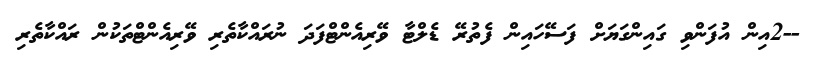
--2އިން އުފަންވި ގައިންގަޔަށް ފަސޭހައިން ފެތުރޭ ޑެލްޓާ ވޭރިއެންޓްފަދަ ނުރައްކާތެރި ވޭރިއެންޓްތަކުން ރައްކާތެރި